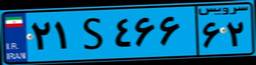
۴۷S۶۳۸۰۰